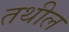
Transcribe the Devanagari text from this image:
तथील